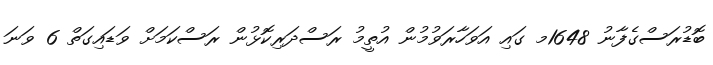
ބޮޑުރަސްގެފާނު 1648މ ގައި އަވަހާރަވުމުން އުތީމު ރަސްދަރިކޮޅުން ރަސްކަމަށް ވަޑައިގަތް 6 ވަނަ